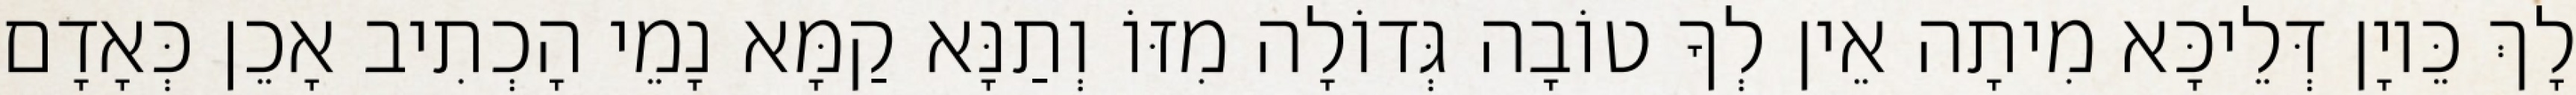
לָךְ כֵּיוָן דְּלֵיכָּא מִיתָה אֵין לְךָ טוֹבָה גְּדוֹלָה מִזּוֹ וְתַנָּא קַמָּא נָמֵי הָכְתִיב אָכֵן כְּאָדָם